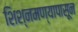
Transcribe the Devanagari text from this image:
शिश्नमण्यापासून